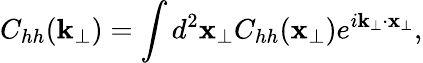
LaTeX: C_{hh}(\mathbf{k}_{\perp})=\int d^{2}\mathbf{x}_{\perp}C_{hh}(\mathbf{x}_{\perp})e^{i\mathbf{k}_{\perp}\cdot\mathbf{x}_{\perp}},